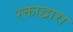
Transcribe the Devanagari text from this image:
रक्ताद्वारा